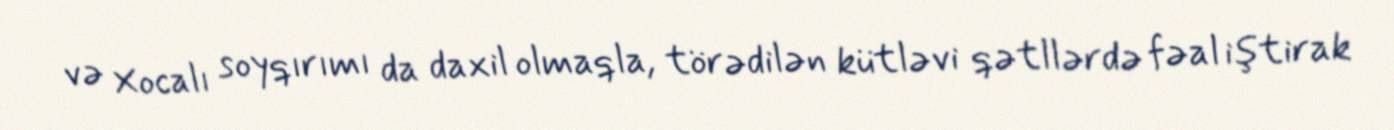
və Xocalı soyqırımı da daxil olmaqla, törədilən kütləvi qətllərdə fəal iştirak